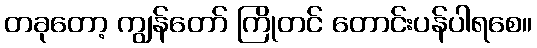
တခုတော့ ကျွန်တော် ကြိုတင် တောင်းပန်ပါရစေ။